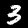
Label: 3